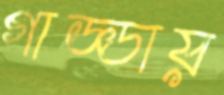
গাড্ডায়